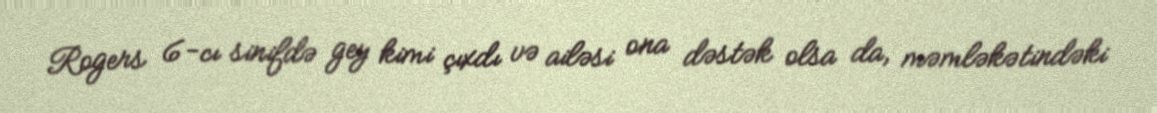
Rogers 6-cı sinifdə gey kimi çıxdı və ailəsi ona dəstək olsa da, məmləkətindəki